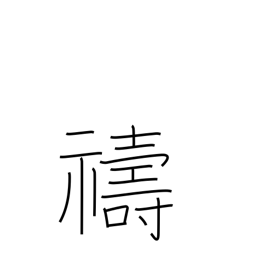
Meaning: entreat